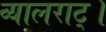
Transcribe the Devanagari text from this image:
व्यालराट्।